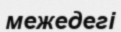
межедегі